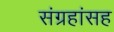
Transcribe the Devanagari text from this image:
संग्रहांसह